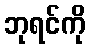
ဘုရင်ကို